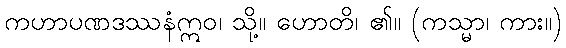
ကဟာပဏဒဿနံဣဝ၊ သို့။ ဟောတိ၊ ၏။ (ကသ္မာ၊ ကား။)